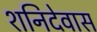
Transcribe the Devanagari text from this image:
शनिदेवास